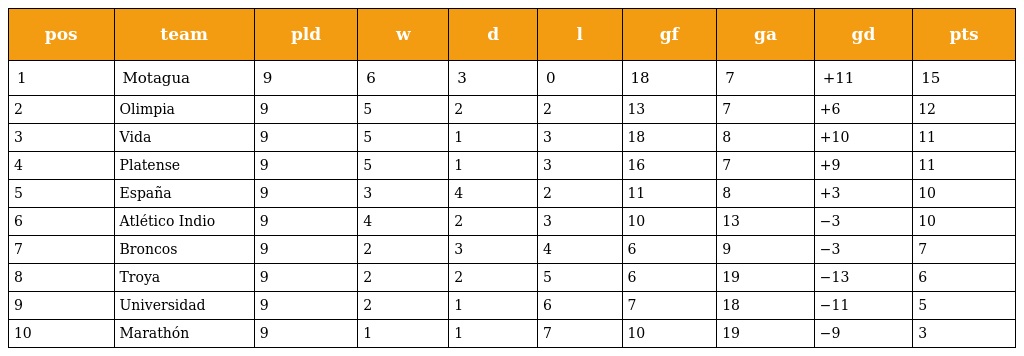
| pos | team | pld | w | d | l | gf | ga | gd | pts |
 | --- | --- | --- | --- | --- | --- | --- | --- | --- | --- |
 | 1 | Motagua | 9 | 6 | 3 | 0 | 18 | 7 | +11 | 15 |
 | 2 | Olimpia | 9 | 5 | 2 | 2 | 13 | 7 | +6 | 12 |
 | 3 | Vida | 9 | 5 | 1 | 3 | 18 | 8 | +10 | 11 |
 | 4 | Platense | 9 | 5 | 1 | 3 | 16 | 7 | +9 | 11 |
 | 5 | España | 9 | 3 | 4 | 2 | 11 | 8 | +3 | 10 |
 | 6 | Atlético Indio | 9 | 4 | 2 | 3 | 10 | 13 | −3 | 10 |
 | 7 | Broncos | 9 | 2 | 3 | 4 | 6 | 9 | −3 | 7 |
 | 8 | Troya | 9 | 2 | 2 | 5 | 6 | 19 | −13 | 6 |
 | 9 | Universidad | 9 | 2 | 1 | 6 | 7 | 18 | −11 | 5 |
 | 10 | Marathón | 9 | 1 | 1 | 7 | 10 | 19 | −9 | 3 |